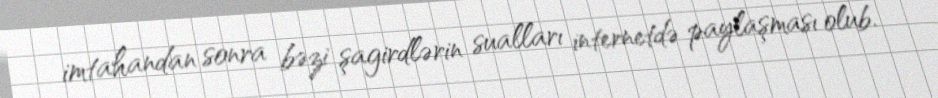
imtahandan sonra bəzi şagirdlərin sualları internetdə paylaşması olub.